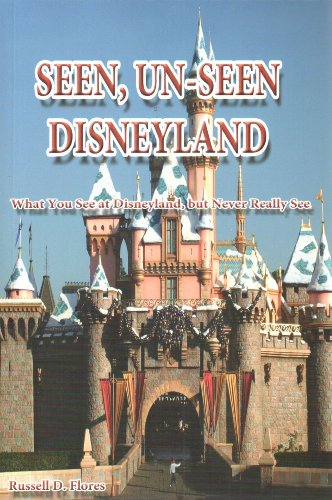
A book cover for Seen, Un-Seen Disneyland: What You See at Disneyland, but Never Really See; Russell D. Flores; Business & Money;